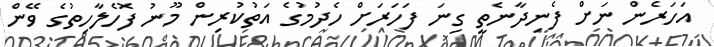
އަހަރެން ނަށް ފެނިދާނެތީ ގިނަ ފަހަރަށް ހެދުމުގެ އަތުކުރިން މޫނު ފޮހެލާހިތުގެ ވޭން